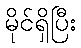
မိုင်ရှိပြီး